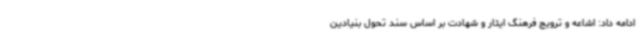
ادامه داد: اشاعه و ترویج فرهنگ ایثار و شهادت بر اساس سند تحول بنیادین